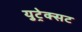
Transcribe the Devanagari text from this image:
युट्रेक्सट